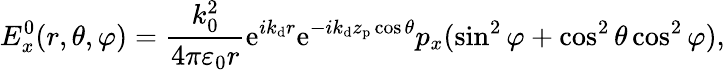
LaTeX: E_{x}^{0}(r,\theta,\varphi)=\frac{k_{0}^{2}}{4\pi\varepsilon_{0}r}\mathrm{e}^{ik_{\mathrm{d}}r}\mathrm{e}^{-ik_{\mathrm{d}}z_{\mathrm{p}}\cos\theta}p_{x}(\sin^{2}\varphi+\cos^{2}\theta\cos^{2}\varphi),